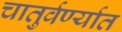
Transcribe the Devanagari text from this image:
चातुर्वर्ण्यात